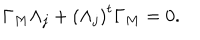
\Gamma _ { M } \Lambda _ { j } + \left( \Lambda _ { j } \right) ^ { t } \Gamma _ { M } = 0 .